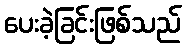
ပေးခဲ့ခြင်းဖြစ်သည်